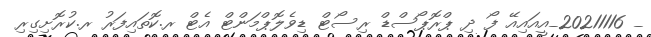
_ 20211116_އީއައިއޭ ފޯ ދި ޕްރޮޕޯސްޑް ރިސޯޓް ޑިވެލޮޕްމަންޓް އެޓް ރ.ކޮތައިފަރު ރ.ކުރޮށިގިރި